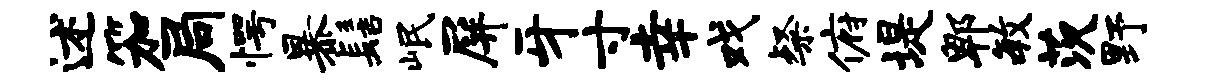
述笳局愕暴髻岷屏牙寸幸戏粲俯堤郫毓茨野